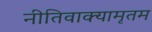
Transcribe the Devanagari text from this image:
नीतिवाक्यामृतम